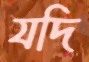
যদি